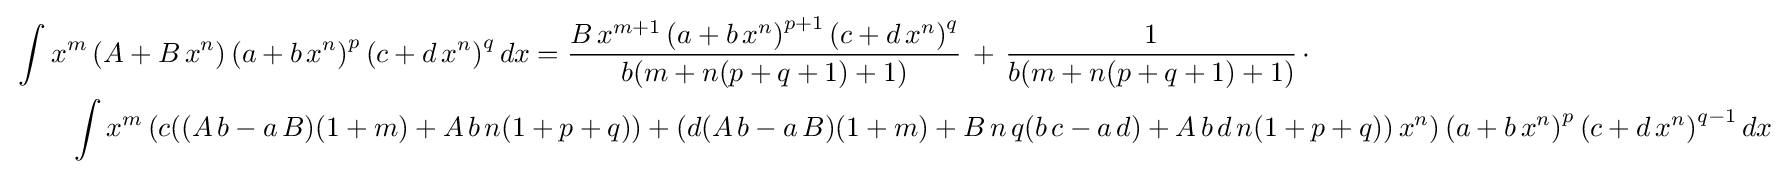
{\begin{aligned}&\int x^{m}\left(A+B\,x^{n}\right)\left(a+b\,x^{n}\right)^{p}\left(c+d\,x^{n}\right)^{q}dx={\frac {B\,x^{m+1}\left(a+b\,x^{n}\right)^{p+1}\left(c+d\,x^{n}\right)^{q}}{b(m+n(p+q+1)+1)}}\,+\,{\frac {1}{b(m+n(p+q+1)+1)}}\,\cdot \\&\qquad \int x^{m}\left(c((A\,b-a\,B)(1+m)+A\,b\,n(1+p+q))+(d(A\,b-a\,B)(1+m)+B\,n\,q(b\,c-a\,d)+A\,b\,d\,n(1+p+q))\,x^{n}\right)\left(a+b\,x^{n}\right)^{p}\left(c+d\,x^{n}\right)^{q-1}dx\end{aligned}}